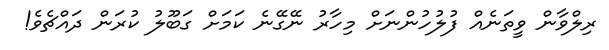
ރިލްވާން ވީތަނެއް ފުލުހުންނަށް މިހާރު ނޭގޭނެ ކަމަށް ގަބޫލު ކުރަން ދައްޗެވެ!